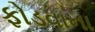
ફોડવાના